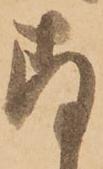
存